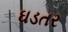
ઘડતર